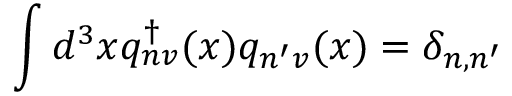
\int d ^ { 3 } x q _ { n v } ^ { \dagger } ( x ) q _ { n ^ { \prime } v } ( x ) = \delta _ { n , n ^ { \prime } }